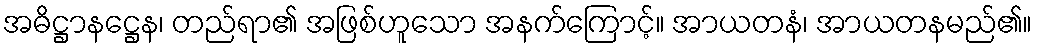
အဓိဋ္ဌာနဋ္ဌေန၊ တည်ရာ၏ အဖြစ်ဟူသော အနက်ကြောင့်။ အာယတနံ၊ အာယတနမည်၏။